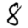
Digit: 8